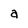
Character: a